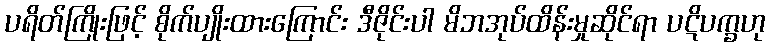
ပရိတ်ကြိုးဖြင့် စိုက်ပျိုးထားကြောင်း ဒီဇိုင်းပါ မိဘအုပ်ထိန်းမှုဆိုင်ရာ ပဋိပက္ခဟု